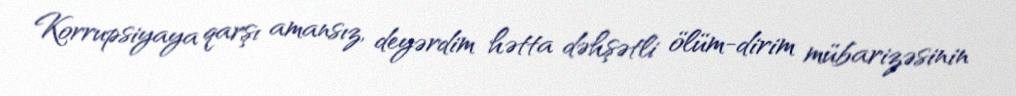
Korrupsiyaya qarşı amansız, deyərdim hətta dəhşətli ölüm-dirim mübarizəsinin